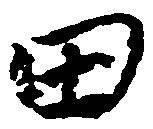
田